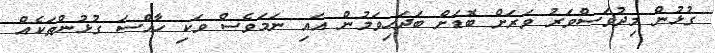
ގުޅުން މިދުވަސްވަރު ވަރަށް ބޮޑަށް ބަދަހިވަމުން އައި ނަަމަވެސް ވަކި ހާއްސަ ގުޅުންތަކެއް